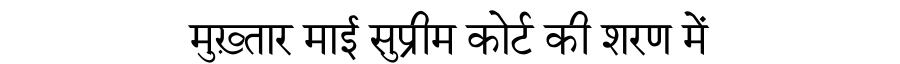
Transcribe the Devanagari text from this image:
मुख़्तार माई सुप्रीम कोर्ट की शरण में